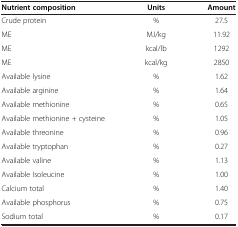
<table><thead><tr><td><b>Nutrient composition</b></td><td><b>Units</b></td><td><b>Amount</b></td></tr></thead><tbody><tr><td>Crude protein</td><td>%</td><td>27.5</td></tr><tr><td>ME</td><td>MJ/kg</td><td>11.92</td></tr><tr><td>ME</td><td>kcal/lb</td><td>1292</td></tr><tr><td>ME</td><td>kcal/kg</td><td>2850</td></tr><tr><td>Available lysine</td><td>%</td><td>1.62</td></tr><tr><td>Available arginine</td><td>%</td><td>1.64</td></tr><tr><td>Available methionine</td><td>%</td><td>0.65</td></tr><tr><td>Available methionine + cysteine</td><td>%</td><td>1.05</td></tr><tr><td>Available threonine</td><td>%</td><td>0.96</td></tr><tr><td>Available tryptophan</td><td>%</td><td>0.27</td></tr><tr><td>Available valine</td><td>%</td><td>1.13</td></tr><tr><td>Available Isoleucine</td><td>%</td><td>1.00</td></tr><tr><td>Calcium total</td><td>%</td><td>1.40</td></tr><tr><td>Available phosphorus</td><td>%</td><td>0.75</td></tr><tr><td>Sodium total</td><td>%</td><td>0.17</td></tr></tbody></table>